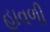
હાવળી